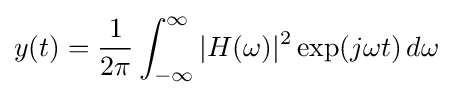
y(t)={\frac {1}{2\pi }}\int _{-\infty }^{\infty }|H(\omega )|^{2}\exp(j\omega t)\,d\omega